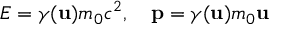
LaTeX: E = \gamma ( \mathbf { u } ) m _ { 0 } c ^ { 2 } , \quad \mathbf { p } = \gamma ( \mathbf { u } ) m _ { 0 } \mathbf { u }